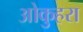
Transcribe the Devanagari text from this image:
ओकुहरा